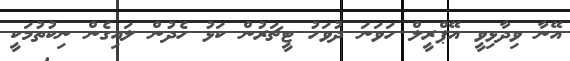
އޭނާ ވިދާޅިވީ އޭޕްރީލް ހަވަނަ ދުވަހު ޓީޗަރުން ކަޅު ހެދުން ލައިގެން ނިކުތުމަކީ